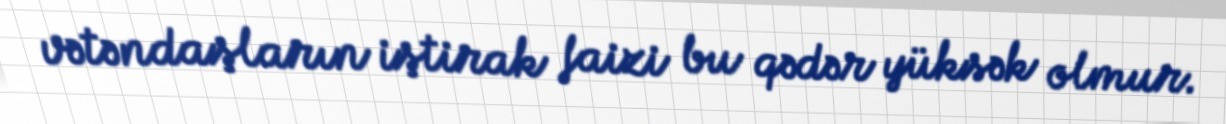
vətəndaşların iştirak faizi bu qədər yüksək olmur.